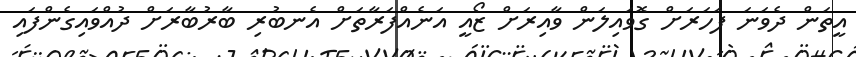
އީތަން ދެވަނަ ފަހަރަށް ގޮވައިލަން ވާއިރަށް ޒޯއީ އަނެއްފަރާތަށް އެނބުރި ބާރުބާރަށް ދުއްވައިގެންފައި